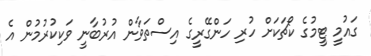
ގައުމީ ޓީމުގެ ކޯޗަކަށް ހުރި ހަންގޭރީގެ އިސްތަވާން އުރުބާނީ ވަކިކުރުމުން އެ